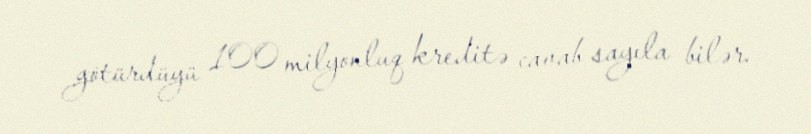
götürdüyü 100 milyonluq kreditə cavab sayıla bilər.